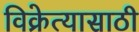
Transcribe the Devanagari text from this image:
विक्रेत्यासाठी